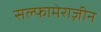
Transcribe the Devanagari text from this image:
सल्फामेराज़ीन